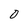
Character: 0